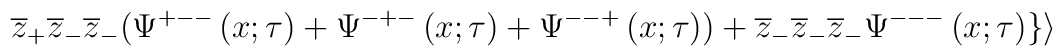
\overline{z}_{+}\overline{z}_{-}\overline{z}_{-}(\Psi ^{+--}\left( x;\tau\right) +\Psi ^{-+-}\left( x;\tau \right) +\Psi ^{--+}\left( x;\tau \right))+\overline{z}_{-}\overline{z}_{-}\overline{z}_{-}\Psi ^{---}\left( x;\tau\right) \}\rangle